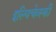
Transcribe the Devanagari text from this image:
इल्यिचेव्स्की